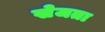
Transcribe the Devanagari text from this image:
खेजता